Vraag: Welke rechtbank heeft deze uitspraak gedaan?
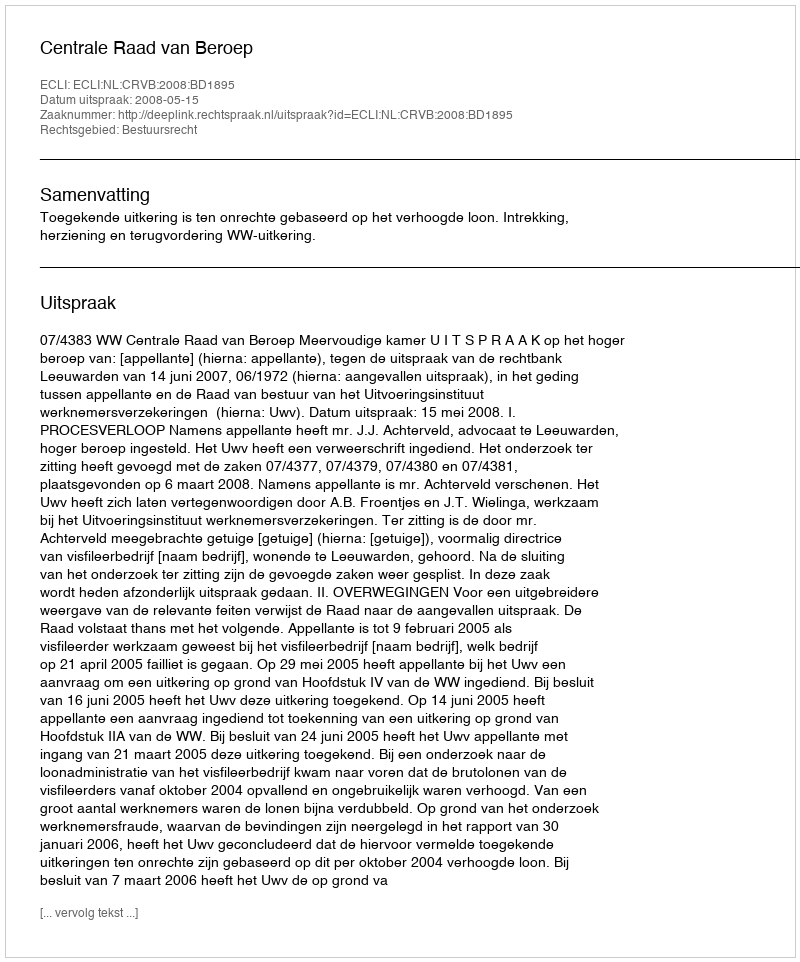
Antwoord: Centrale Raad van Beroep